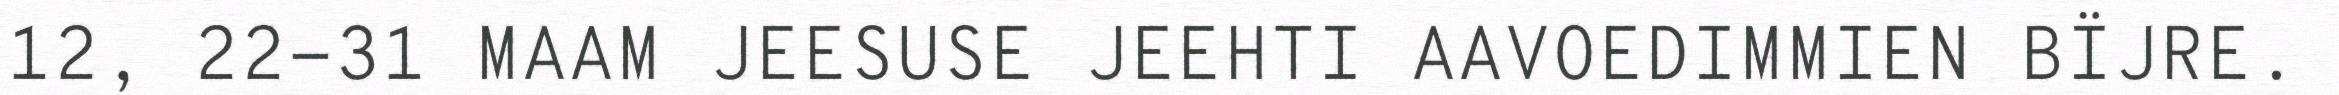
12, 22-31 MAAM JEESUSE JEEHTI AAVOEDIMMIEN BÏJRE.